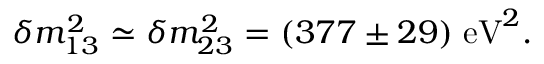
\delta { m } _ { 1 3 } ^ { 2 } \simeq \delta { m } _ { 2 3 } ^ { 2 } = ( 3 7 7 \pm 2 9 ) \; \mathrm { e V } ^ { 2 } .